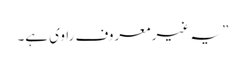
” یہ غیر معروف راوی ہے۔